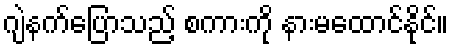
ဂျဲနက်ပြောသည့် စကားကို နားမထောင်နိုင်။